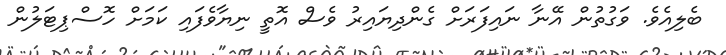
ބެލިއެވެ. ވަގުތުން އޭނާ ނައިފަރަށް ގެންދިޔައިރު ވެސް އޮތީ ނިޔާވެފައި ކަމަށް ހޮސްޕިޓަލުން